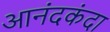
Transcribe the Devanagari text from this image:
आनंदकंदा